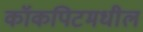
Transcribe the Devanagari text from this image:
कॉकपिटमधील